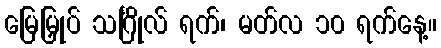
မြေမြှုပ် သင်္ဂြိုလ် ရက်၊ မတ်လ ၁၀ ရက်နေ့။